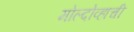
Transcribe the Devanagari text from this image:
मोल्दोव्हाची